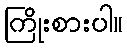
ကြိုးစားပါ။